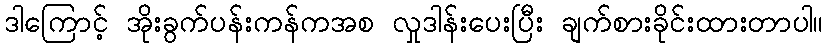
ဒါကြောင့် အိုးခွက်ပန်းကန်ကအစ လှုဒါန်းပေးပြီး ချက်စားခိုင်းထားတာပါ။